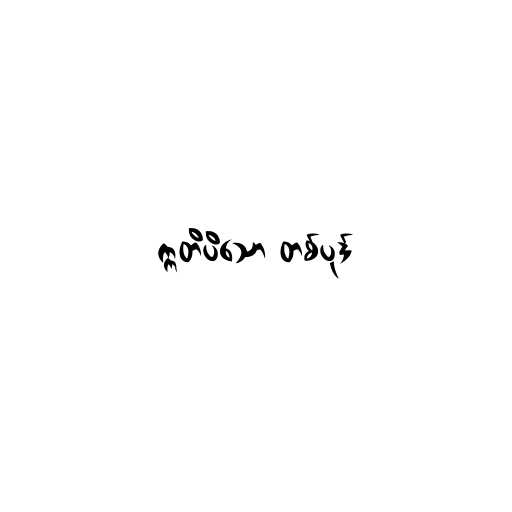
ဣတိပိသော တစ်ပုဒ်